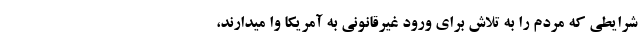
شرایطی که مردم را به تلاش برای ورود غیرقانونی به آمریکا وا میدارند،